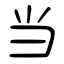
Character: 当